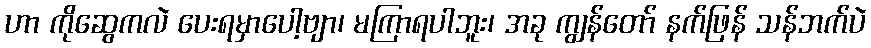
ဟာ ကိုဆွေကလဲ ပေးရမှာပေါ့ဗျာ၊ မကြာရပါဘူး၊ အခု ကျွန်တော် နက်ဖြန် သန်ဘက်ပဲ